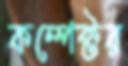
কম্পেক্টর